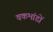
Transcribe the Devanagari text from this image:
वकभांडों